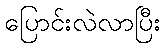
ပြောင်းလဲလာပြီး